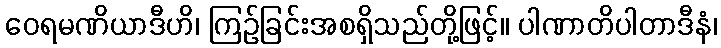
ဝေရမဏိယာဒီဟိ၊ ကြဉ်ခြင်းအစရှိသည်တို့ဖြင့်။ ပါဏာတိပါတာဒီနံ၊